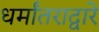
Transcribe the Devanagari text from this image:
धर्मांतराद्वारे